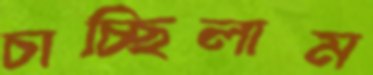
চাচ্ছিলাম